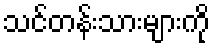
သင်တန်းသားများကို